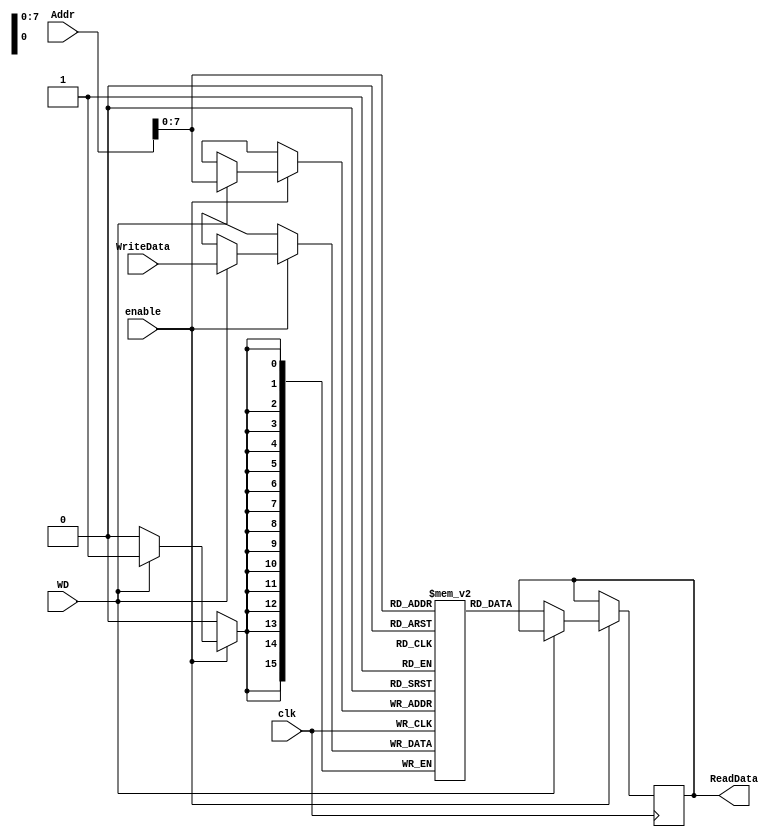
`timescale 1ns / 1ps
//////////////////////////////////////////////////////////////////////////////////
// Company: 
// 
// Design Name: Memory Unit
// Module Name: MU
// Project Name: 
// Target Devices: 
// Tool Versions: 
// Description: 
// 
// Dependencies: 
// 
// Revision:
// Revision 0.01 - File Created
// Additional Comments:
// 
//////////////////////////////////////////////////////////////////////////////////


module MU(
input clk,                  // Clock        
input [11:0] Addr,          // address of memory to store or write
input [15:0] WriteData,     // memory data being written to address
input enable,               // Enable
input WD,                   // 1 if we are writing data, other wise output data at memory location
output reg [15:0] ReadData  // output data memory 
);
    
    reg [15:0] Memory [255:0]; // 255 word length of 16 bits
    
    /*Perform the memory operation*/
    always @ (posedge clk) begin
        if (enable) begin
            if (WD) begin   // Write data to memory
                Memory[Addr] <= WriteData;
            end
            else begin  // Read data from memory
                 ReadData <= Memory[Addr]; 
            end
        end
    end
    
    
    initial begin // Store some values in memory
        Memory[0] = 'h0003;
        Memory[1] = 'h0001;
        Memory[2] = 'h000A;
        Memory[3] = 'h0FFF;
    end
endmodule